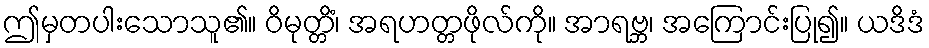
ဤမှတပါးသောသူ၏။ ဝိမုတ္တိံ၊ အရဟတ္တဖိုလ်ကို။ အာရဗ္ဘ၊ အကြောင်းပြု၍။ ယဒိဒံ